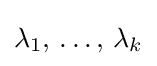
\lambda _{1},\,\ldots ,\,\lambda _{k}